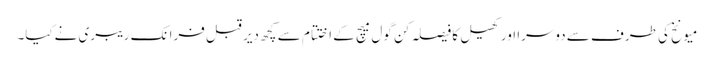
میونخ کی طرف سے دوسرا اور کھیل کا فیصلہ کن گول میچ کے اختتام سے کچھ دیر قبل فرانک ریبری نےکیا۔